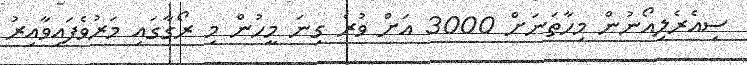
ސިއެރެލިއޯނުން މިހާތަނަށް 3000 އަށް ވުރެ ގިނަ މީހުން މި ރޯގާގައި މަރުވެފައިވާއިރު